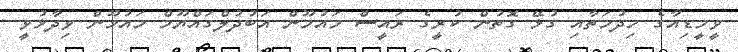
ވީމީޑިއާގެ ހިދުމަތާއި ގުޅޭ ގޮތުން ކުރީގެ ރައީސް މައުމޫން އަބުދުލްގައްޔޫމް މައުމޫން ވިދާޅުވީ